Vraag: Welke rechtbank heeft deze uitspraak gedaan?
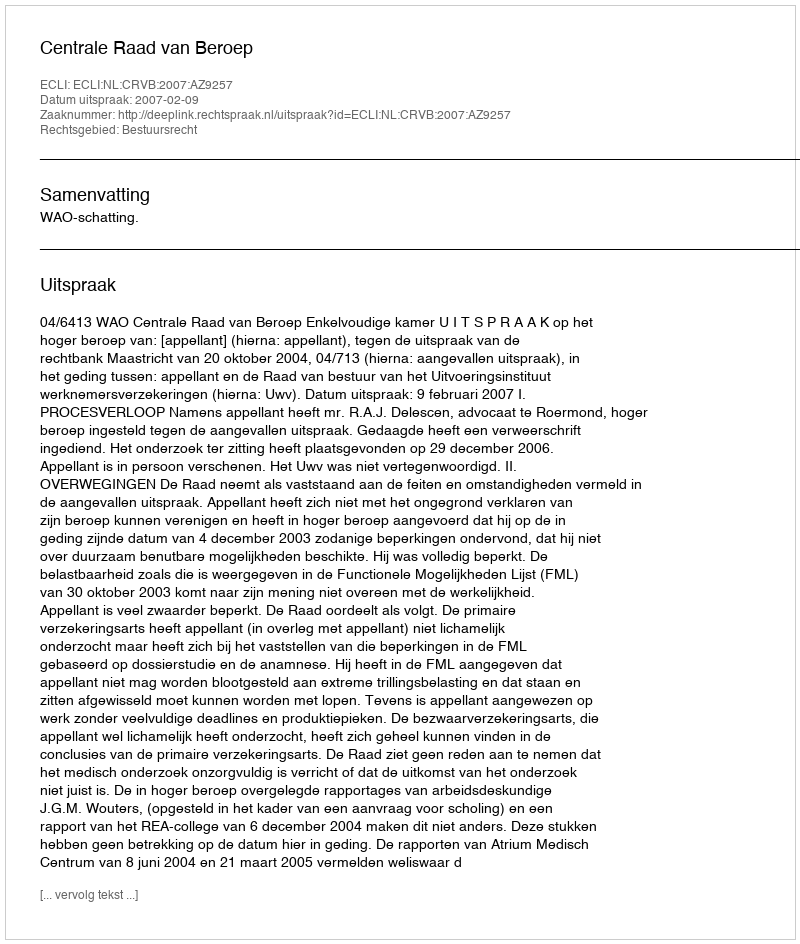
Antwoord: Centrale Raad van Beroep